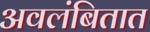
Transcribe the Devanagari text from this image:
अवलंबितात